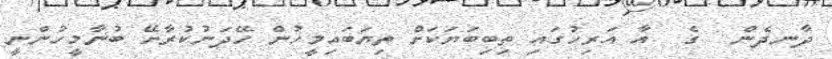
ދާނދެން  ގެ  އާ އަރިހުގައި ތިބިބަޔަކަށް ތިޔަބައިމީހުން ހޭދަނުކުރާށޭ ބުނާމީހުންނީ